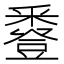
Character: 𧰌